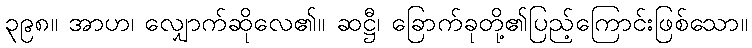
၃၉၈။ အာဟ၊ လျှောက်ဆိုလေ၏။ ဆဋ္ဌီ၊ ခြောက်ခုတို့၏ပြည့်ကြောင်းဖြစ်သော။